Annual statistical returns and brief notes on vaccination in Bengal - 1909-1929
Year: 1909
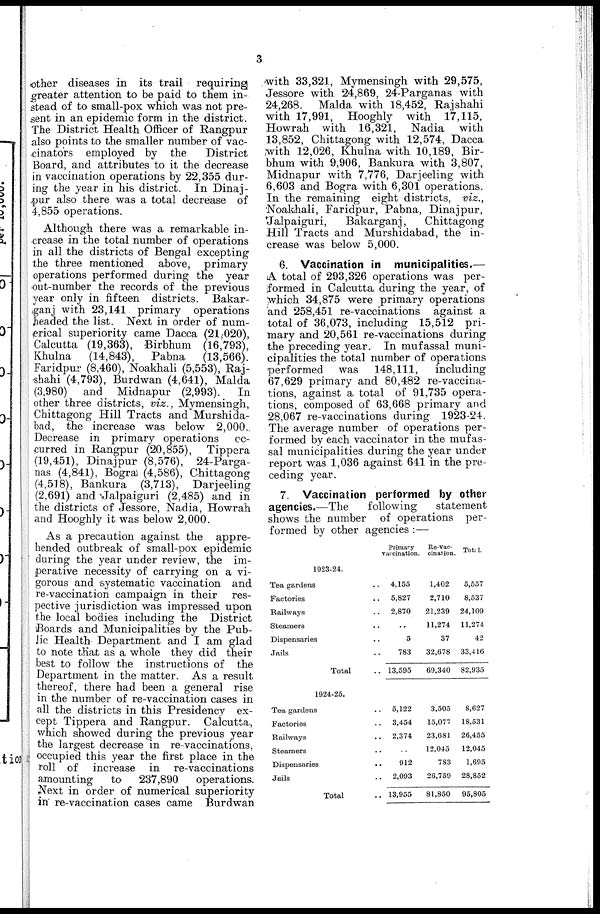
3
other diseases in its trail requiring
greater attention to be paid to them in-
stead of to small-pox which was not pre-
sent in an epidemic form in the district.
The District Health Officer of Rangpur
also points to the smaller number of vac-
cinators employed by the
District
Board, and attributes to it the decrease
in vaccination operations by 22,355 dur-
ing the year in his district. In Dinaj-
pur also there was a total decrease of
4,855 operations.
Although there was a remarkable in-
crease in the total number of operations
in all the districts of Bengal excepting
the three mentioned above, primary
operations performed during the year
out-number the records of the previous
year only in fifteen districts. Bakar-
ganj with 23,141 primary operations
headed the list. Next in order of num-
erical superiority came Dacca (21,020),
Calcutta (19,363), Birbhum (16,793),
Khulna
(14,843), Pabna
(13,566).
Faridpur (8,460), Noakhali (5,553), Raj-
shahi (4,793), Burdwan (4,641), Malda
(3,980) and Midnapur (2,993).
In
other three districts, viz., Mymensingh,
Chittagong Hill Tracts and Murshida-
bad, the increase was below 2,000.
Decrease in primary operations oc-
curred in Rangpur (20,855), Tippera
(19,451), Dinajpur (8,576), 24-Parga-
nas (4,841), Bogra) (4,586), Chittagong
(4,518), Bankura (3,713), Darjeeling
(2,691) and Jalpaiguri (2,485) and in
the districts of Jessore, Nadia, Howrah
and Hooghly it was below 2,000.
As a precaution against the appre-
hended outbreak of small-pox epidemic
during the year under review, the im-
perative necessity of carrying on a vi-
gorous and systematic vaccination and
re-vaccination campaign in their res-
pective jurisdiction was impressed upon
the local bodies including the District
Boards and Municipalities by the Pub-
lic Health Department and I am glad
to note that as a whole they did their
best to follow the instructions of the
Department in the matter. As a result
thereof, there had been a general rise
in the number of re-vaccination cases in
all the districts in this Presidency ex-
cept Tippera and Rangpur. Calcutta,
which showed during the previous year
the largest decrease in re-vaccinations,
occupied this year the first place in the
roll of increase in re-vaccinations
amounting
to
237,890
operations.
Next in order of numerical superiority
in re-vaccination cases came Burdwan
with 33,321, Mymensingh with 29,575,
Jessore with 24,869, 24-Parganas with
24,268. Malda with 18,452, Rajshahi
with 17,991, Hooghly with 17,115,
Howrah with 16,321, Nadia with
13,852, Chittagong with 12,574, Dacca
with 12,026, Khulna with. 10,189, Bir-
bhum with 9,906, Bankura with 3,807,
Midnapur with 7,776, Darjeeling with
6,603 and Bogra with 6,301 operations.
In the remaining eight districts, viz.,
Noakhali, Faridpur, Pabna, Dinajpur,
Jalpaiguri,
Bakarganj,
Chittagong
Hill Tracts and Murshidabad, the in-
crease was below 5,000.
6. Vaccination in municipalities.—
A total of 293,326 operations was per-
formed in Calcutta during the year, of
which 34,875 were primary operations
and 258,451 re-vaccinations against a
total of 36,073, including 15,512 pri-
mary and 20,561 re-vaccinations during
the preceding year. In mufassal muni-
cipalities the total number of operations
performed was 148,111,
including
67,629 primary and 80,482 re-vaccina-
tions, against a total of 91,735 opera-
tions, composed of 63,668 primary and
28,067 re-vaccinations during 1923-24.
The average number of operations per-
formed by each vaccinator in the mufas-
sal municipalities during the year under
report was 1,036 against 641 in the pre-
ceding year.
7. Vaccination performed by other
agencies.—The
following
statement
shows the number of operations per-
formed by other agencies :—
1923-24.
Tea gardens ..
Factories ..
Railways ..
Steamers ..
Dispensaries ..
Jails ..
Total ..
1924-25.
Tea gardens ..
Factories ..
Railways ..
Steamers ..
Dispensaries ..
Jails ..
Total ..
Primary
vaccination.
4,155
5,827
2,870
..
5
783
13,595
5,122
3,454
2,374
..
912
2,093
13,955
Re-vac-
cination.
1,402
2,710
21,239
11,274
37
32,678
69,340
3,505
15,077
23,681
12,045
783
26,759
81,850
Total.
5,557
8,537
24,109
11,274
42
33,416
82,935
8,627
18,531
26,455
12,045
1,695
28,852
95,805